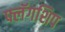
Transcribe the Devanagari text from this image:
फ्लॅगशिप